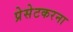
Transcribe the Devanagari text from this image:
प्रेसेटकरना